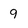
Character: 9